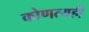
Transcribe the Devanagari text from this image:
कोणत्यही